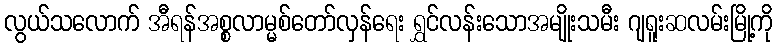
လွယ်သလောက် အီရန်အစ္စလာမ္မစ်တော်လှန်ရေး ရွှင်လန်းသောအမျိုးသမီး ဂျရူးဆလမ်းမြို့ကို